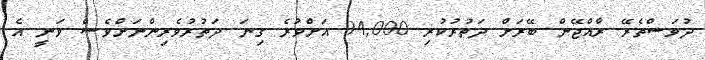
ދުވަސްތެރޭ ރާއްޖޭން ބޭރަށް ދަތުރުކުރި 94